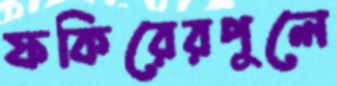
ফকিরেরপুলে